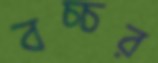
বচ্চর